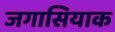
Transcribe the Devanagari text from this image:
जगासियाक